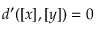
d ^ { \prime } ( [ x ] , [ y ] ) = 0